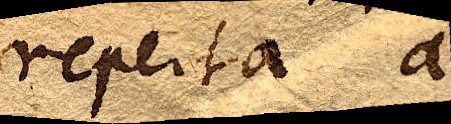
reperta a